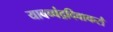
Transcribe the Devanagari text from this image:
यावच्चंद्रदिवाकरौ